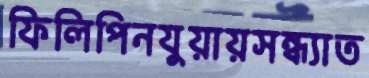
ফিলিপিনযুয়ায়সন্ধ্যাত